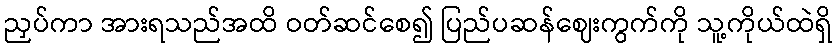
ညှပ်ကာ အားရသည်အထိ ဝတ်ဆင်စေ၍ ပြည်ပဆန်ဈေးကွက်ကို သူ့ကိုယ်ထဲရှိ